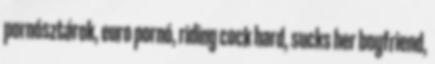
pornósztárok, euro pornó, riding cock hard, sucks her boyfriend,